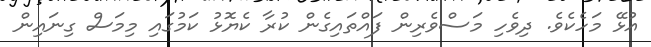
އުޅޭ މަހެކެވެ. ދިވެހި މަސްވެރިން ފައްތައިގެން ކުރާ ކެޔޮޅު ކަމުގައި މިމަސް ގިނައިން